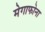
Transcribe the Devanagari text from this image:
मेगाफोना